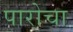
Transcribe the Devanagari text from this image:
पारोचा